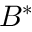
B ^ { * }